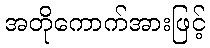
အတိုကောက်အားဖြင့်